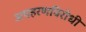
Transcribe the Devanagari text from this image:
अपहरणविरोधी